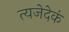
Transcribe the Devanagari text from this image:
त्यजेदेकं